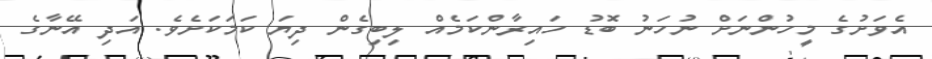
އެވަށުގެ މީހުންނަށް ނުހަނު ބޮޑު ހައިރާންކަމެއް ލިބިގެން ދިޔަ ކަމަކަށެވެ. އަދި އޭނާގެ